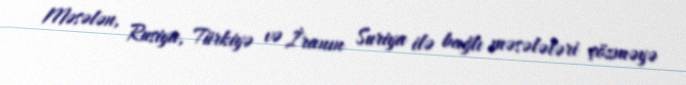
Məsələn, Rusiya, Türkiyə və İranın Suriya ilə bağlı məsələləri çözməyə